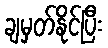
ချမှတ်နိုင်ပြီး